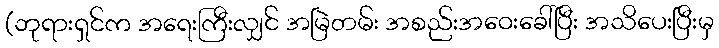
(ဘုရားရှင်က အရေးကြီးလျှင် အမြဲတမ်း အစည်းအဝေးခေါ်ပြီး အသိပေးပြီးမှ